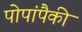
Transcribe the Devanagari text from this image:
पोपांपैकी